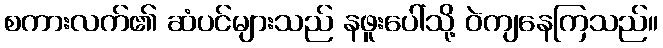
စကားလက်၏ ဆံပင်များသည် နဖူးပေါ်သို့ ဝဲကျနေကြသည်။